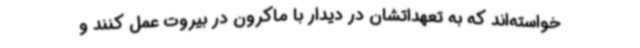
خواسته‌اند که به تعهداتشان در دیدار با ماکرون در بیروت عمل کنند و